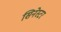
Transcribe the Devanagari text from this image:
सिनेस्टर